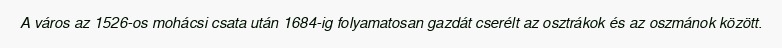
A város az 1526-os mohácsi csata után 1684-ig folyamatosan gazdát cserélt az osztrákok és az oszmánok között.